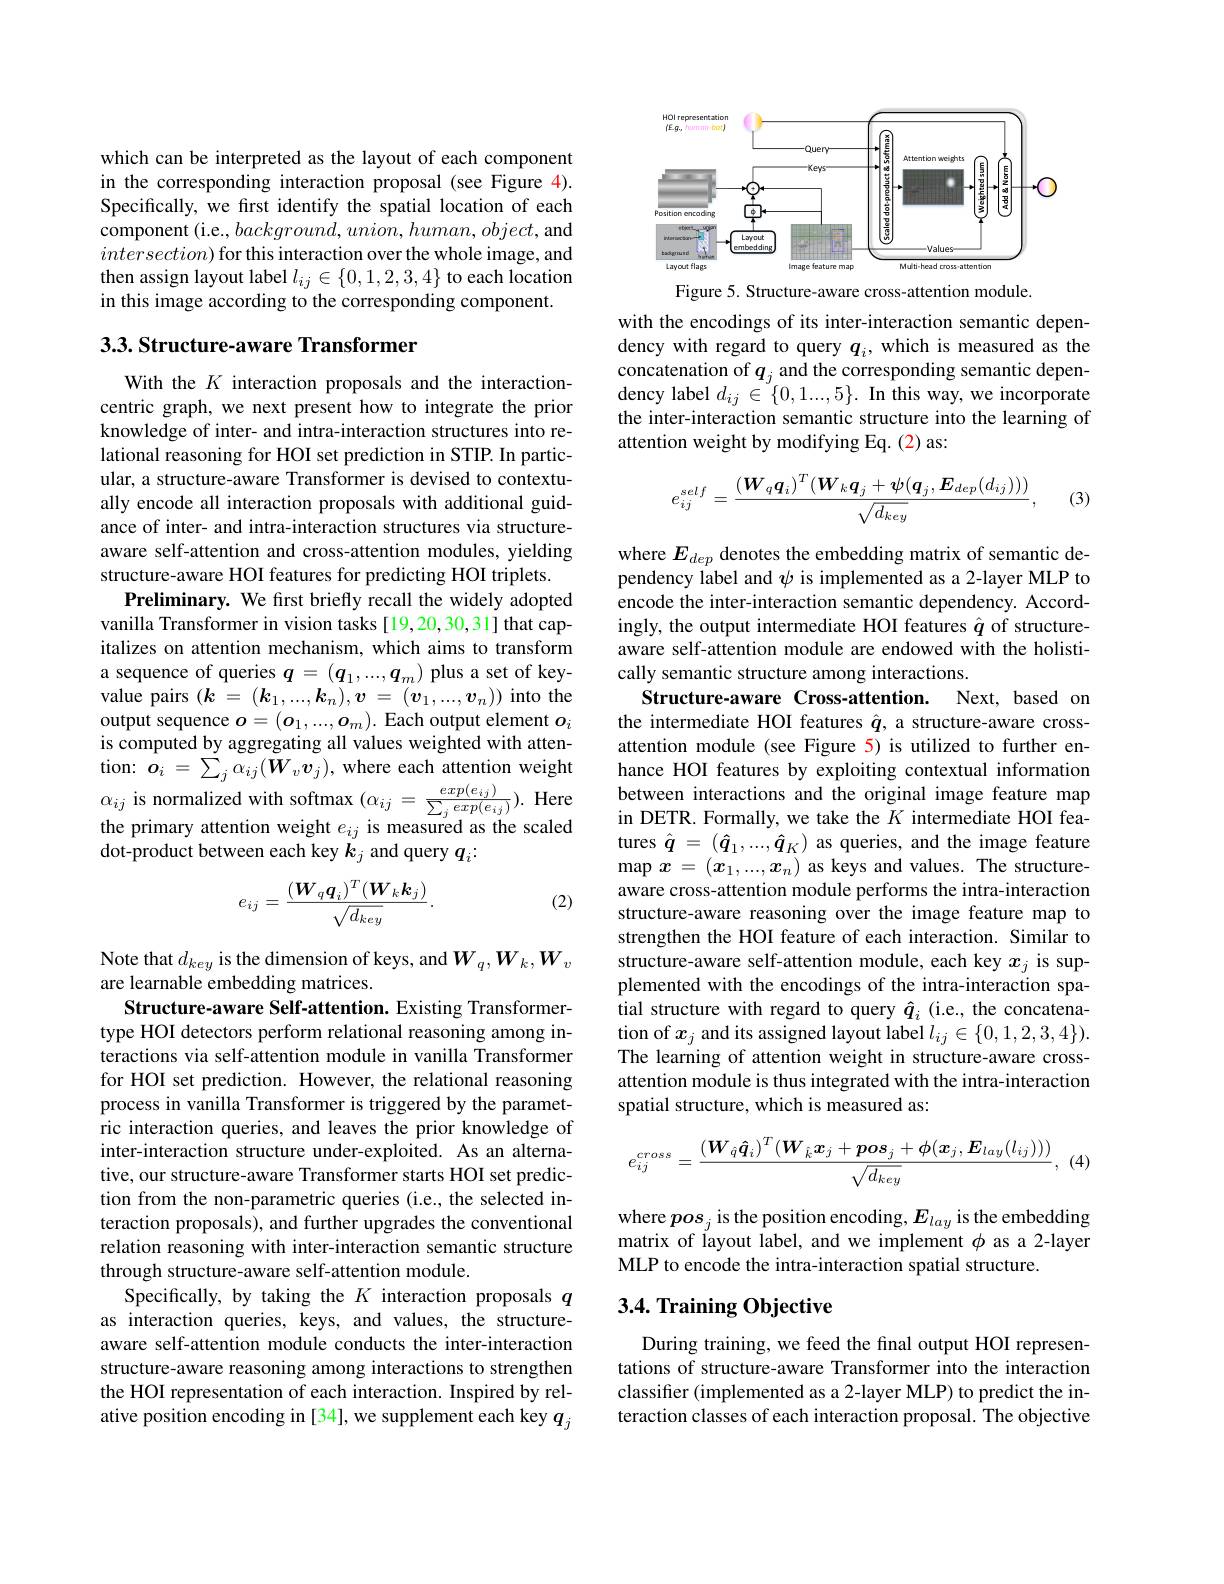
which can be interpreted as the layout of each component in the corresponding interaction proposal (see Figure 4). Specifically, we first identify the spatial location of each $\dot{\text{component (i.e., background, union, human, object, and}}$ $intersection)$ for this interaction over the whole image, and then assign layout label $l_ij\in\{0,1,2,3,4\}$ to each location in this image according to the corresponding component.

3.3. Structure-aware Transformer

With the $K$ interaction proposals and the interactioncentric graph, we next present how to integrate the prior knowledge of inter- and intra-interaction structures into relational reasoning for HOI set prediction in STIP. In particular, a structure-aware Transformer is devised to contextually encode all interaction proposals with additional guidance of inter- and intra-interaction structures via structureaware self-attention and cross-attention modules, yielding structure-aware HOI features for predicting HOI triplets.
Preliminary. We first briefly recall the widely adopted vanilla Transformer in vision tasks [19,20,30,31] that capitalizes on attention mechanism, which aims to transform a sequence of queries $q=(q_1,...,q_m)$ plus a set of keyvalue pairs $( \boldsymbol{k}$ = $( \boldsymbol{k}_1, . . . , \boldsymbol{k}_n) , \boldsymbol{v}$ = $( \boldsymbol{v}_1, . . . , \boldsymbol{v}_n) )$ into the output sequence $o=(\boldsymbol{o}_1,...,\boldsymbol{o}_m).$ Each output element $\boldsymbol o_i$ is computed by aggregating all values weighted with attention: $\hat{\boldsymbol{o}}_{i}=\sum_{j}\alpha_{ij}(\boldsymbol{W}_{v}\boldsymbol{v}_{j})$, where each attention weight $\alpha_{ij}$ is normalized with softmax $(\alpha_{ij}=\frac{exp(e_{i,j})}{\sum_{j}exp(e_{i,j})}).$ Here between interactions and the original image feature map the primarv attention weiopt $e\cdots$ is measured as the scaled in DETR. Formally, we take the $K$ intermediate
the primary attention weight $e_ij$ is measured as the scaled
dot-product between each key $k_j$ and query $q_i:$

(2)
$$e_{ij}=\frac{(\boldsymbol{W}_q\boldsymbol{q}_i)^T(\boldsymbol{W}_k\boldsymbol{k}_j)}{\sqrt{d_{key}}}.$$
Note that $d_key$ is the dimension of keys, and $W_q,W_k,W_v$
are learnable embedding matrices.
Structure-aware Self-attention. Existing Transformertype HOI detectors perform relational reasoning among interactions via self-attention module in vanilla Transformer for HOI set prediction. However, the relational reasoning process in vanilla Transformer is triggered by the parametric interaction queries, and leaves the prior knowledge of inter-interaction structure under-exploited. As an alternative, our structure-aware Transformer starts HOI set prediction from the non-parametric queries (i.e., the selected interaction proposals), and further upgrades the conventional relation reasoning with inter-interaction semantic structure through structure-aware self-attention module.
Specifically, by taking the $K$ interaction proposals $q$ as interaction queries, keys, and values, the structureaware self-attention module conducts the inter-interaction structure-aware reasoning among interactions to strengthen the HOI representation of each interaction. Inspired by relative position encoding in [34], we supplement each key $q_j$

<FigureHere>
Figure 5. Structure-aware cross-attention module

with the encodings of its inter-interaction semantic dependency with regard to query $q_i$, which is measured as the concatenation of $q_j$ and the corresponding semantic dependency label $d_ij\in{^{\prime}}\{0,1...,5\}.$ In this way, we incorporate the inter-interaction semantic structure into the learning of attention weight by modifying Eq. (2) as:
$$e_{ij}^{self}=\frac{(\boldsymbol{W}_{q}\boldsymbol{q}_{i})^{T}(\boldsymbol{W}_{k}\boldsymbol{q}_{j}+\boldsymbol{\psi}(\boldsymbol{q}_{j},\boldsymbol{E}_{dep}(d_{ij})))}{\sqrt{d_{key}}},$$
(3)

where $E_{dep}$ denotes the embedding matrix of semantic dependency label and $\psi$ is implemented as a 2-layer MLP to encode the inter-interaction semantic dependency. Accordingly, the output intermediate HOI features $\hat{q}$ of structureaware self-attention module are endowed with the holistically semantic structure among interactions.
Structure-aware Cross-attention. Next, based on the intermediate HOI features $\hat{q}$,a structure-aware crossattention module (see Figure 5) is utilized to further enhance HOI features by exploiting contextual information tures $\hat{\boldsymbol{q}}=(\hat{\boldsymbol{q}}_1,...,\hat{\boldsymbol{q}}_K)$ as queries, and the image feature map $x=(x_1,...,x_n)$ as keys and values. The structureaware cross-attention module performs the intra-interaction structure-aware reasoning over the image feature map to strengthen the HOI feature of each interaction. Similar to structure-aware self-attention module, each key $x_j$ is supplemented with the encodings of the intra-interaction spatial structure with regard to query $\hat{q}_i$ (i.e., the concatenation of $x_j$ and its assigned layout label $l_ij\in\{0,1,2,3,4\}).$ The learning of attention weight in structure-aware crossattention module is thus integrated with the intra-interaction spatial structure, which is measured as:
$$e_{ij}^{cross}=\frac{(\boldsymbol{W}_{\hat{q}}\boldsymbol{\hat{q}}_{i})^{T}(\boldsymbol{W}_{\hat{k}}\boldsymbol{x}_{j}+\boldsymbol{pos}_{j}+\boldsymbol{\phi}(\boldsymbol{x}_{j},\boldsymbol{E}_{lay}(l_{ij})))}{\sqrt{d_{key}}},$$
where $pos_j$ is the position encoding, $E_lay$ is the embedding matrix of layout label, and we implement $\phi$ as a 2-layer MLP to encode the intra-interaction spatial structure.

## 3.4. Training Objective

During training, we feed the final output HOI representations of structure-aware Transformer into the interaction classifier (implemented as a 2-layer MLP) to predict the interaction classes of each interaction proposal. The objective